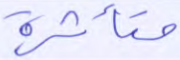
متأثرة